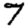
Digit: 7